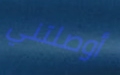
أوصلتني